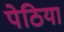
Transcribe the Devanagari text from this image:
पेठिया